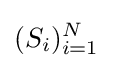
(S_{i})_{i=1}^{N}